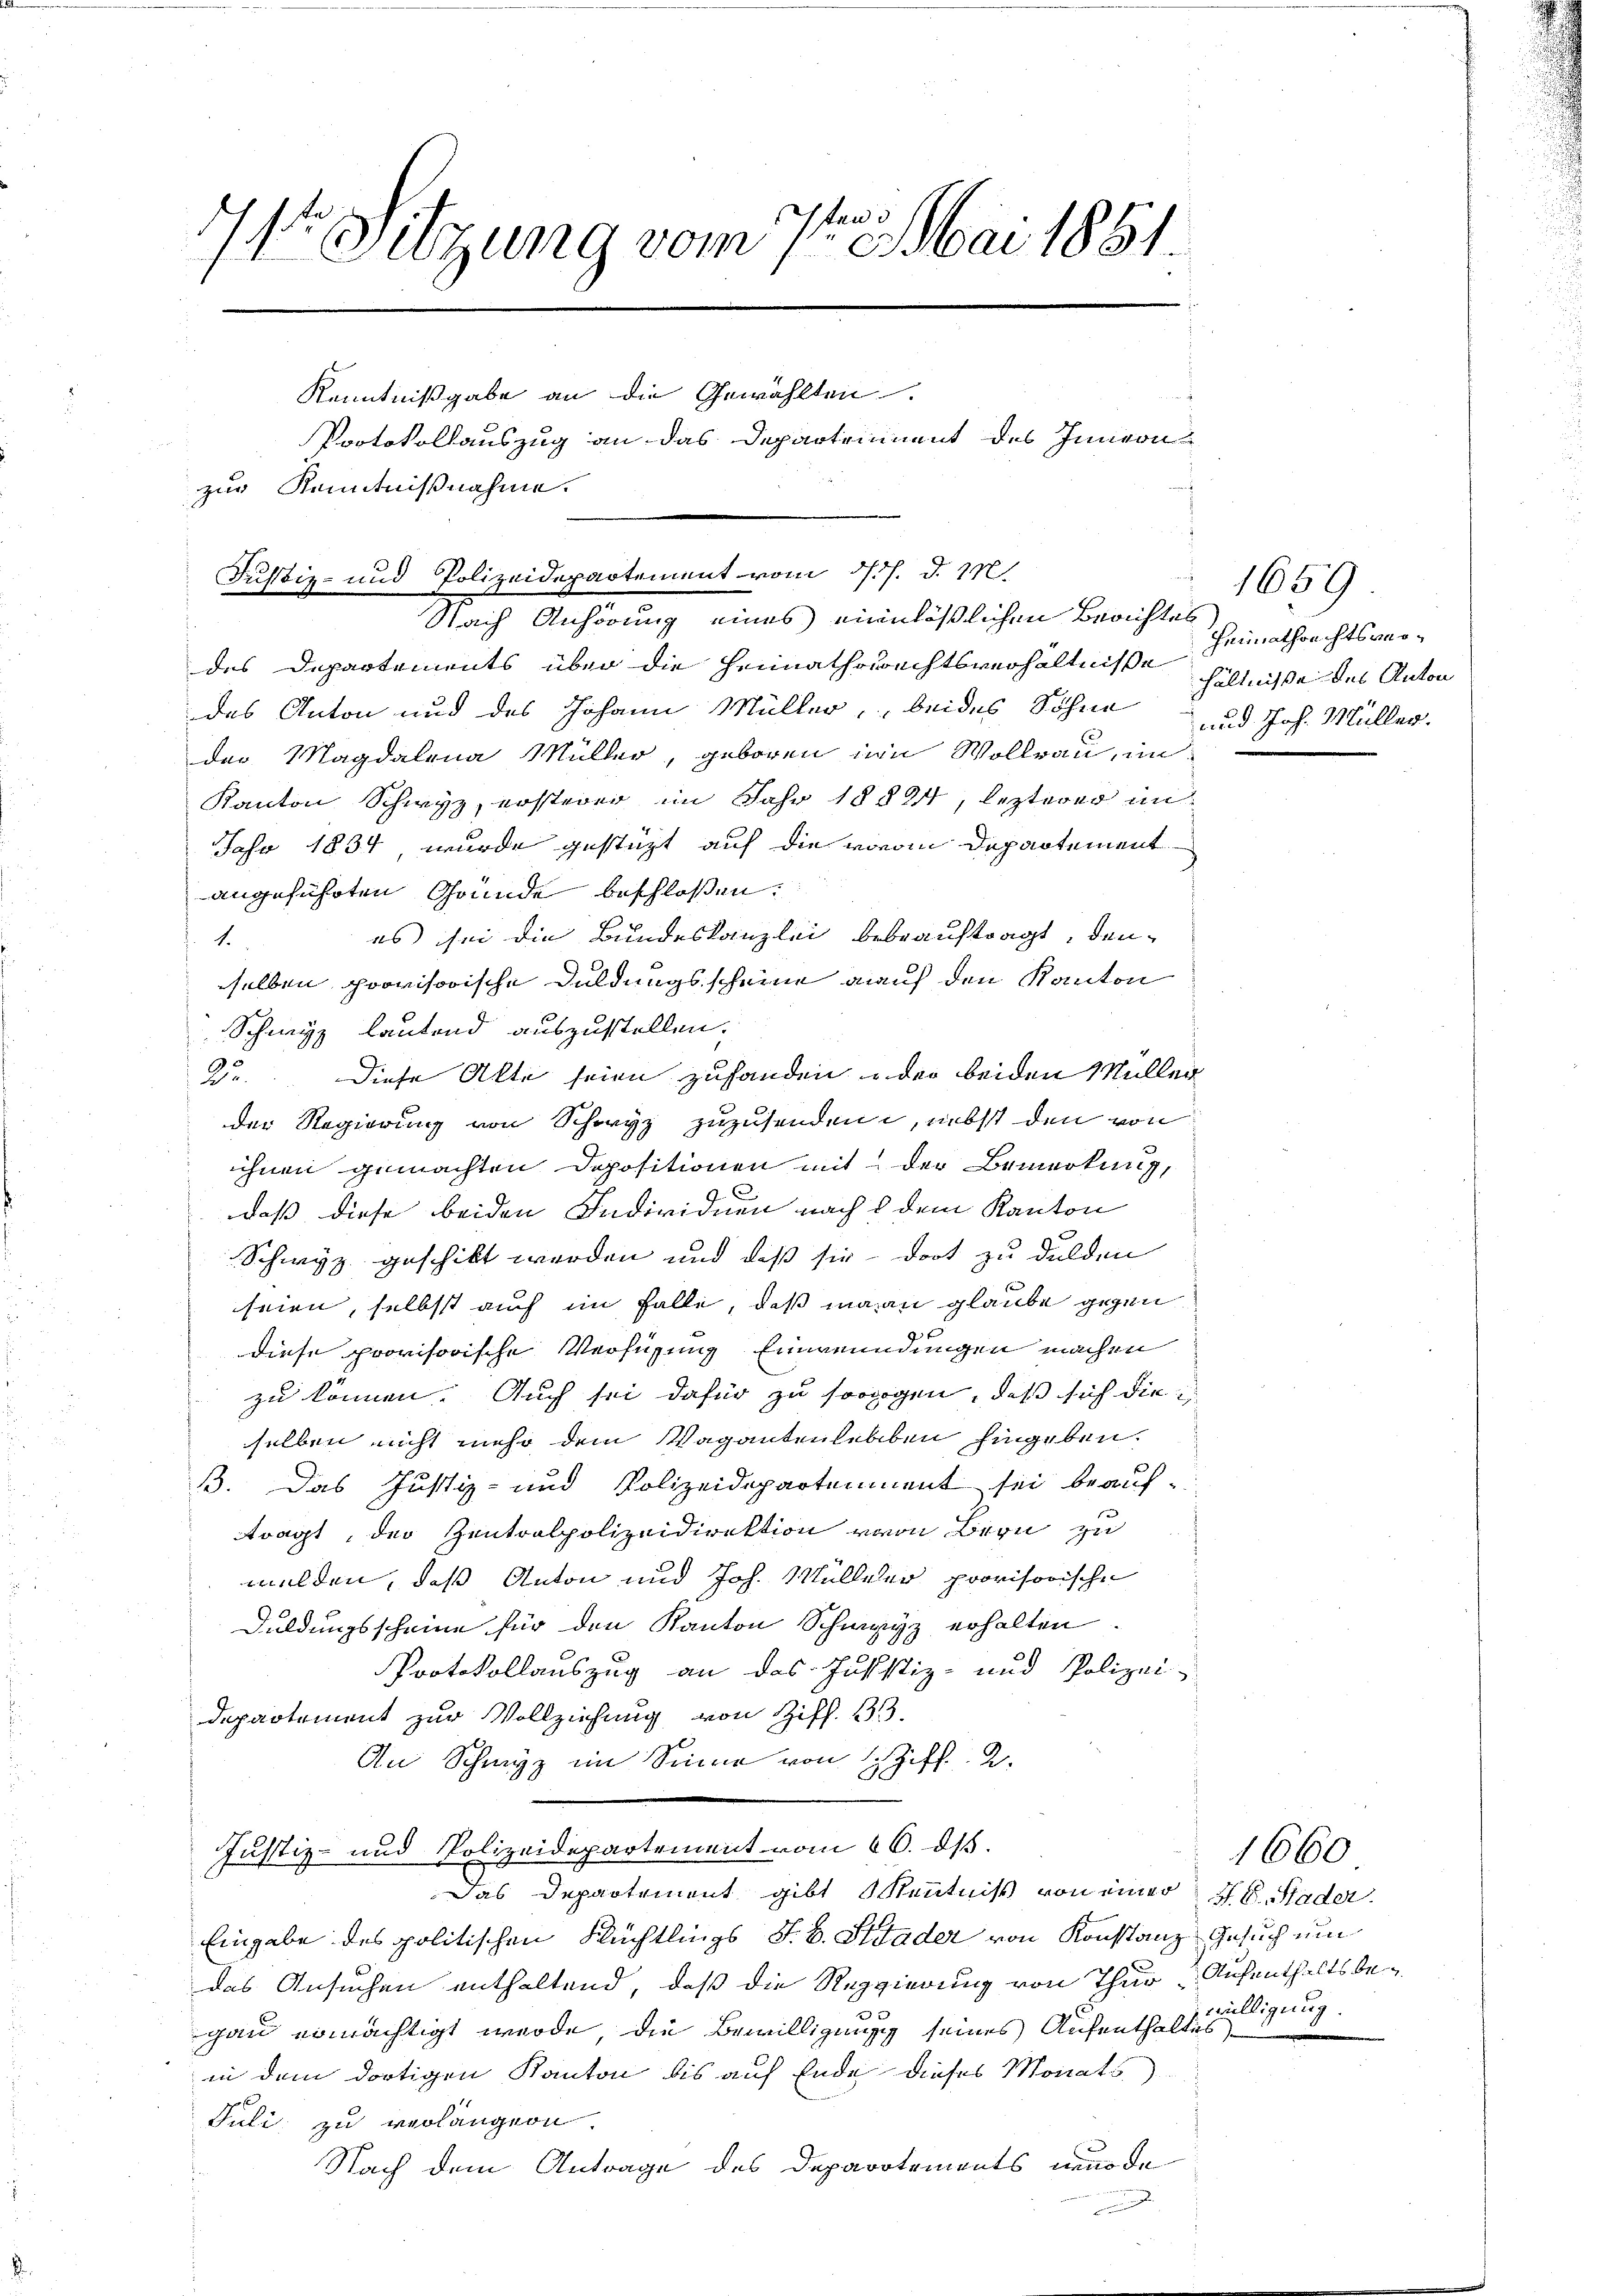
8
r Sitzung vom 7te͇n Mai 1881.
Kenntnißgabe an die Gewählten
Portokollauszug an das Departrument des Innern
zur Kenntnißnahme.

des Departements über die Heimathsrechtsverhältniße Heimathrechtsverdas Anton und des Johann Müller, beides Söhne und Joh. Müller.
der Magdalena Müller, geboren in Vollrau, an
Kanton Schwyz, ersterer im Jahr 18824, lezterer un
Jahr 1834, wurde gestüzt auf die voran Departement
angeführten Gründe beschlossen:
es sei die Bundeskanzlei bebeauftragt, den
1.
selben provisorische Duldungsscheine auf den Kanton
Schwyz lautend auszustellen;
2o. Diese Akte seien zuhanden u der beiden Müller
der Regierung von Schoryz zuzusenden, nebst den von
ihnen gemachten Depositionen mit der Bemerkung,
daß diese beiden Individuen nach d dem Kanton
Schwyz geschikt werden und daß sie dort zu dulden
seien, selbst auch im Falle, daß mann glaube gegen
diese provisorische Verfügung Einwendungen machen
zu können. Auch sei dafür zu sorogen, daß sich dieselben nicht mehr dem Vagantenlebeben hingeben.
B. Das Justiz- und Polizeidepartement sei beaufragt, der Zentralpolizeidirektion von Bern zu
melden, daß Anton und Joh. Mülleler provisorischen
Duldungsscheine für den Kanton Schwyz erhalten.
Protokollauszug an das Justiz- und Polizei-
Departement zur Vollziehung von Ziff. 333.
An Schwyz im Sinne von Schiff. 2.
Justiz- und Polizeidepartement vom 16. dß.
Das Departement gibt Kenntniß von einer 18. Stader
Eingabe des politischen Flüchtlings J. B. Stader von Konstanz Gesuch um
das Ansuchen enthaltend, daß die Reggierung von Thur & Aufenthaltsbegau ermächtigt werde, die Bewilligung seines Aufenthalte willigung.
in dem dortigen Kanton bis auf Ende dieses Monats
Juli zu verlängern.
Nach dem Antrage des Departements nur de
n

Justiz- und Polizeidepartement vom 15. d. M.
Nach Anhörung eines einnläßlichen Berichtes

1659
hältnisse des Anton

1660